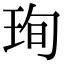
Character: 珣